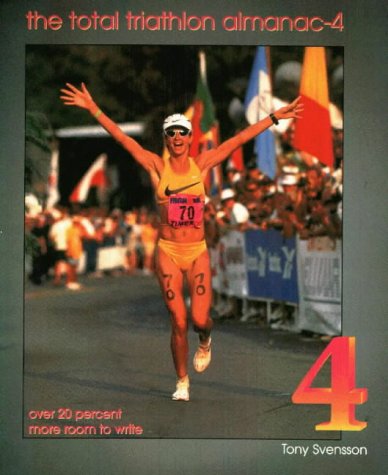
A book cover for The Total Triathlon Almanac 4: The Essential Training Tool and Information Source for the Triathlete and Duathlet; Tony Svensson; Health, Fitness & Dieting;